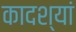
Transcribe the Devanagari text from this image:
कादश्यां